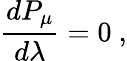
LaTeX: {\frac{dP_{\mu}}{d\lambda}}=0\ ,